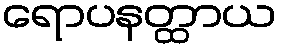
ရောပနတ္ထာယ